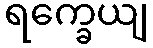
ရက္ခေယျ